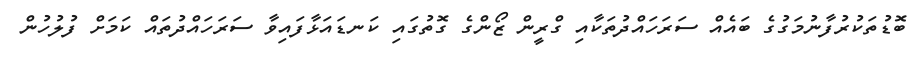
ބޮޑުތަކުރުފާނުމަގުގެ ބައެއް ސަރަހައްދުތަކާއި ގްރީން ޒޯންގެ ގޮތުގައި ކަނޑައަޅާފައިވާ ސަރަހައްދުތައް ކަމަށް ފުލުހުން